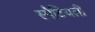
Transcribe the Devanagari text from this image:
स्पैटियली